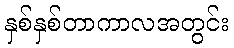
နှစ်နှစ်တာကာလအတွင်း